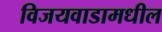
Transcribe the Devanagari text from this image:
विजयवाडामधील